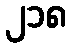
၂၁၈